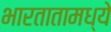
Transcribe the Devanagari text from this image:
भारतातामध्ये